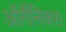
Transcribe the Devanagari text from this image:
ऑर्गैनिक्स